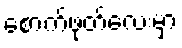
စောက်ဖုတ်လေးမှာ